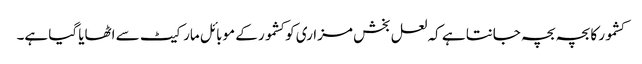
کشمور کا بچہ بچہ جانتا ہے کہ لعل بخش مزاری کو کشمور کے موبائل مارکیٹ سے اٹھایا گیا ہے۔